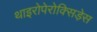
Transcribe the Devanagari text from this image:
थाइरोपेरोक्सिड़ेस